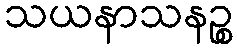
သယနာသနဉ္စ